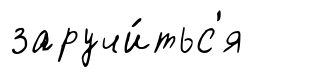
заручи́тьс'я